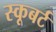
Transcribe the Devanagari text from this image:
स्कूबर्ट